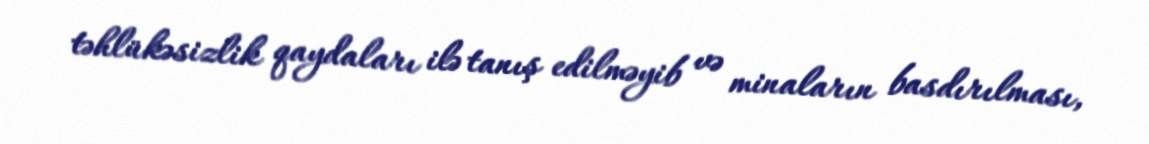
təhlükəsizlik qaydaları ilə tanış edilməyib və minaların basdırılması,